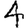
Digit: 4